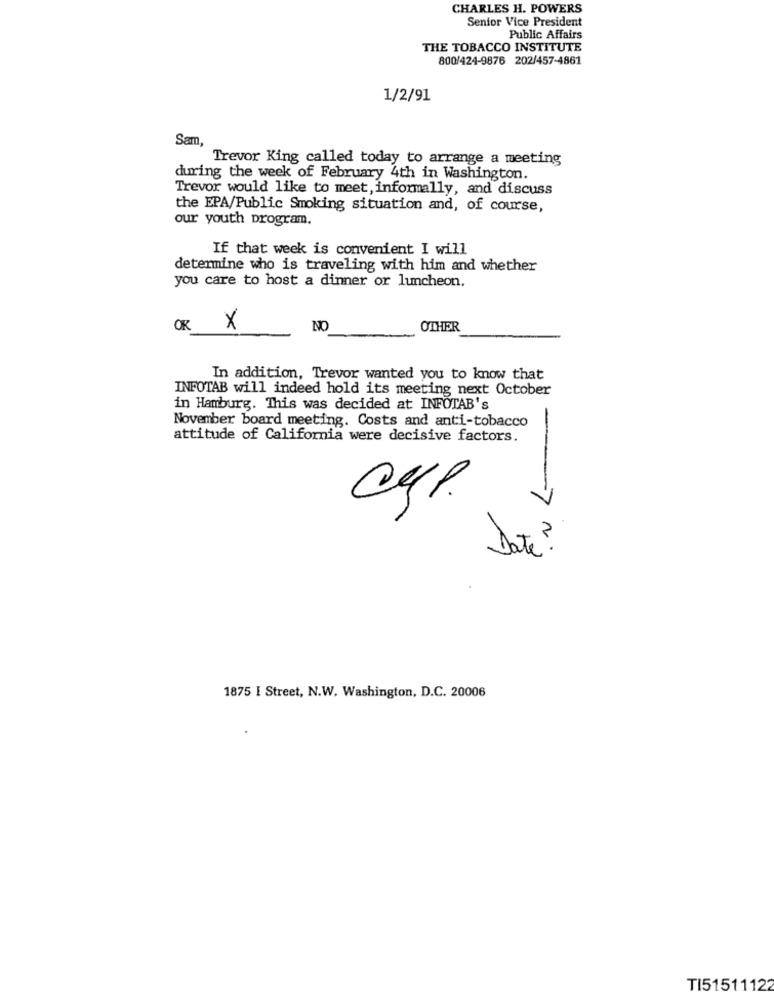
CHARLES H. POWERS
Senior Vice President
Public Affairs
THE TOBACCO INSTITUTE
800/424-9876 202/457-4861
1/2/91
Sam,
Trevor King called today to arrange a meeting
during the week of February 4th in Washington.
Trevor would like to meet, informally, and discuss
the EPA/Public Smoking situation and, of course,
our youth program.
If that week is convenient I will
determine who is traveling with him and whether
you care to host a dinner or luncheon.
OR Y
NO
OTHER
In addition, Trevor wanted you to know that
INFOTAB will indeed hold its meeting next October
in Hamburg. This was decided at INFOTAB's
November board meeting. Costs and anti-tobacco
attitude of California were decisive factors.
CHP.
->
Date ?
1875 I Street, N.W. Washington, D.C. 20006
TI51511122